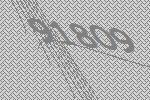
91809